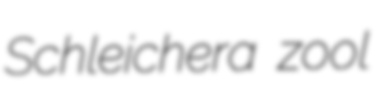
Schleichera zool